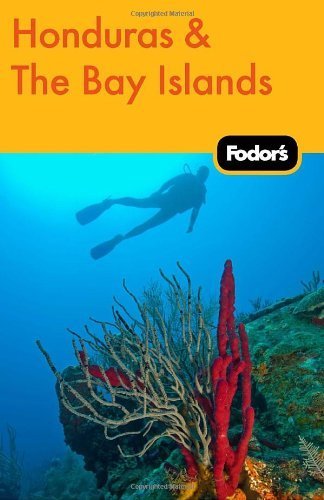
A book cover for Fodor's Honduras & the Bay Islands (Travel Guide) by Fodor's(March 1, 2011) Paperback; Fodor's; Travel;